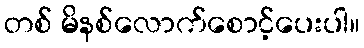
တစ် မိနစ်လောက်စောင့်ပေးပါ။